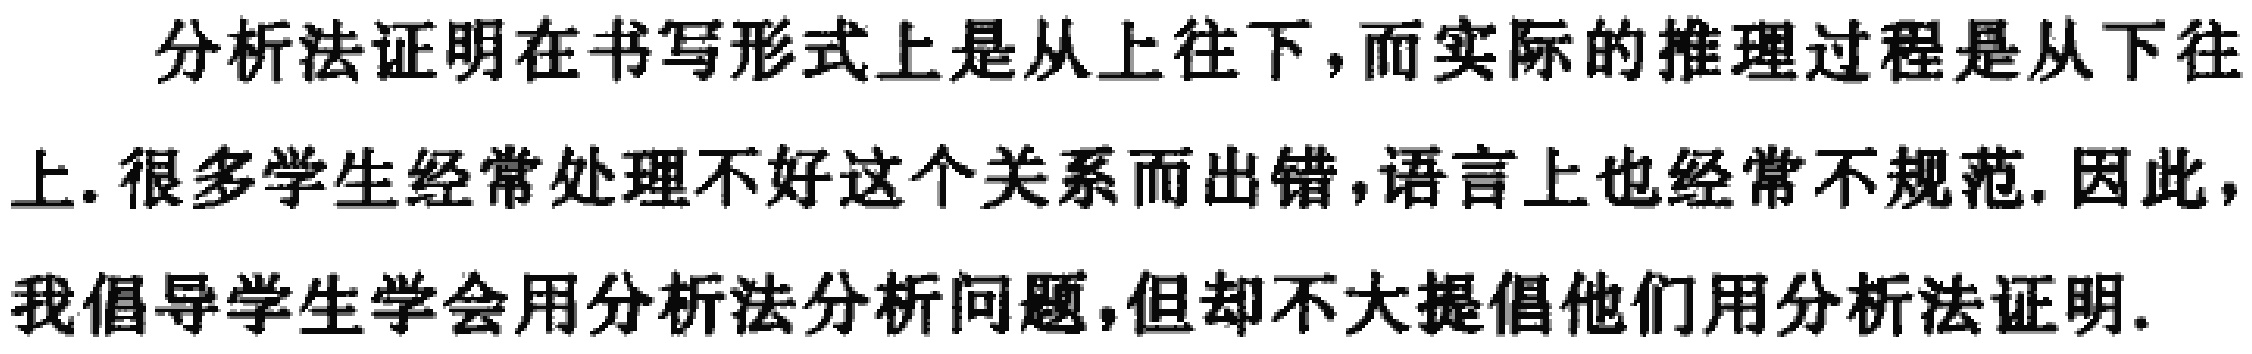
分析法证明在书写形式上是从上往下,而实际的推理过程是从下往上.很多学生经常处理不好这个关系而出错,语言上也经常不规范.因此,我倡导学生学会用分析法分析问题,但却不大提倡他们用分析法证明.